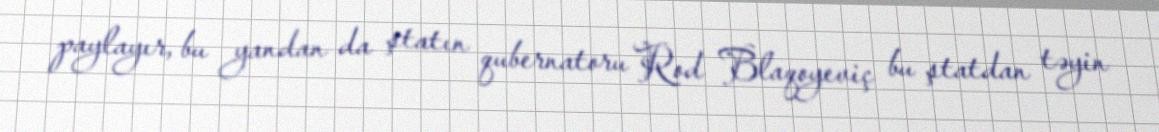
paylayır, bu yandan da ştatın qubernatoru Rod Blaqoyeviç bu ştatdan təyin